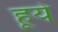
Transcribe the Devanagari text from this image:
हूये